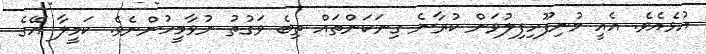
އުޅެއެވެ. އެއީ މުނިފޫހިފިލުވަން ކުރާނެ ގިނަކަންތައް ތިބެ ވަގުތު ނުވާމީހުންނެވެ. ކަމީލާ އޭގެ